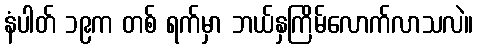
နံပါတ် ၁၉က တစ် ရက်မှာ ဘယ်နှကြိမ်လောက်လာသလဲ။